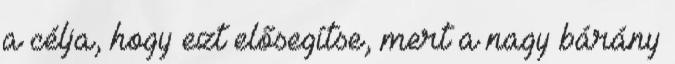
a célja, hogy ezt elősegítse, mert a nagy bárány